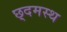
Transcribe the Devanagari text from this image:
छ्दमस्थ